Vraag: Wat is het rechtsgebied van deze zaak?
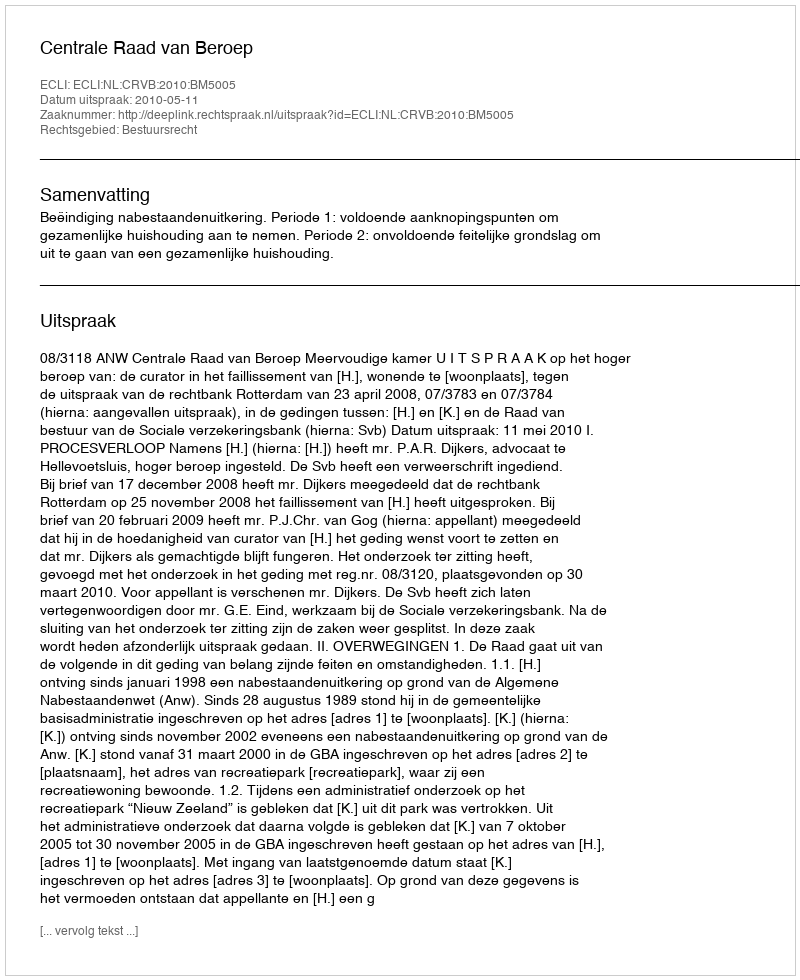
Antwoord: Bestuursrecht